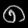
Digit: ၈